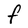
Character: F